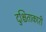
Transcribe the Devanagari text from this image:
दुश्चिंताकारी